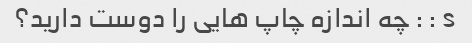
s : : چه اندازه چاپ هایی را دوست دارید؟